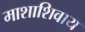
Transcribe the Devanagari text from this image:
माशाशिवाय